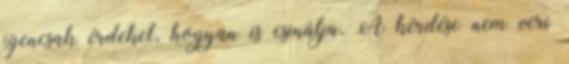
igencsak érdekel, hogyan is csinálja. A kérdése nem veri